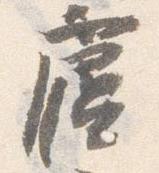
廬